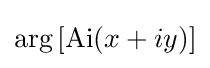
\operatorname {arg} \left[\operatorname {Ai} (x+iy)\right]